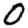
Digit: 0